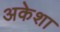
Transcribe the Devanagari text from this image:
अकेशा